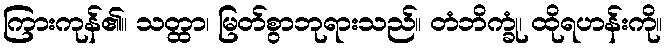
ကြားကုန်၏။ သတ္ထာ၊ မြတ်စွာဘုရားသည်။ တံဘိက္ခုံ၊ ထိုရဟန်းကို။